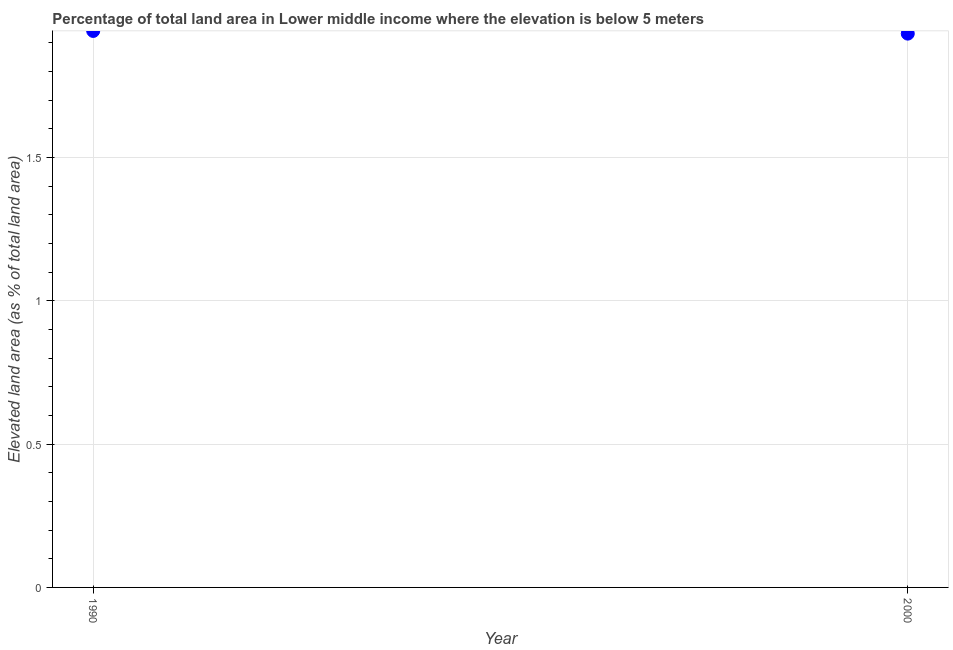
| Year | Land area |
 | --- | --- |
 | 1990 | 1.94 |
 | 2000 | 1.93 |